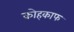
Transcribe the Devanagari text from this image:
कोहकाफ